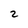
Character: 2